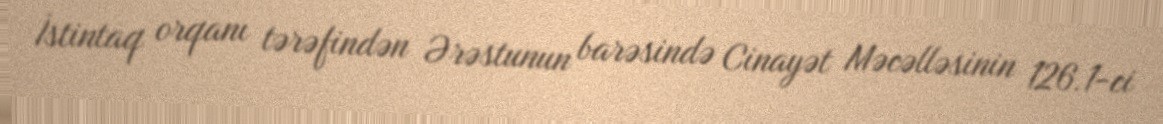
İstintaq orqanı tərəfindən Ərəstunun barəsində Cinayət Məcəlləsinin 126.1-ci